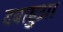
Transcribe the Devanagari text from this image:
दबाहुआ